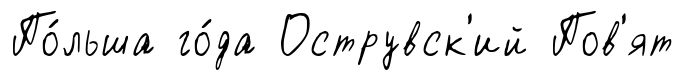
По́льша го́да Острувск'ий Пов'ят